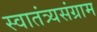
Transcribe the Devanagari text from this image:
स्वातंत्र्यसंग्राम